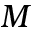
M